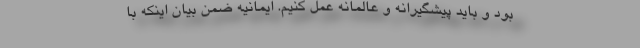
بود و باید پیشگیرانه و عالمانه عمل کنیم. ایمانیه ضمن بیان اینکه با